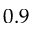
0 . 9